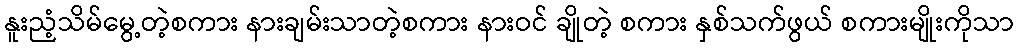
နူးညံ့သိမ်မွေ့တဲ့စကား နားချမ်းသာတဲ့စကား နားဝင် ချိုတဲ့ စကား နှစ်သက်ဖွယ် စကားမျိုးကိုသာ